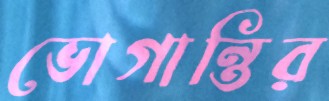
ভোগান্তির